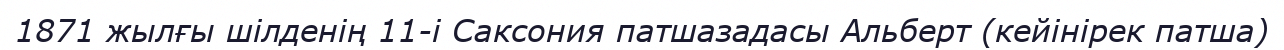
1871 жылғы шілденің 11-і Саксония патшазадасы Альберт (кейінірек патша)